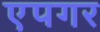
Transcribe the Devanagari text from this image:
एपगर